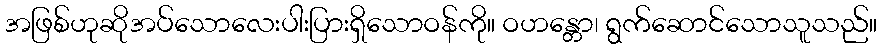
အဖြစ်ဟုဆိုအပ်သောလေးပါးပြားရှိသောဝန်ကို။ ဝဟန္တော၊ ရွက်ဆောင်သောသူသည်။